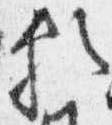
頼